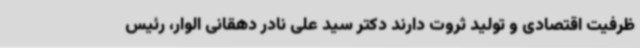
ظرفیت اقتصادی و تولید ثروت دارند دکتر سید علی نادر دهقانی الوار، رئیس